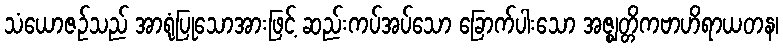
သံယောဇဉ်သည် အာရုံပြုသောအားဖြင့် ဆည်းကပ်အပ်သော ခြောက်ပါးသော အဇ္ဈတ္တိကဗာဟိရာယတန၊